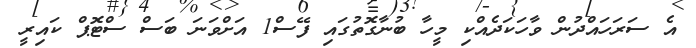
އެ ސަރަހައްދުން ވާހަކަދެއްކި މީހާ ބުނާގޮތުގައި ފޭސް1 އަށްވަނަ ބަސް ސްޓޮޕް ކައިރީ